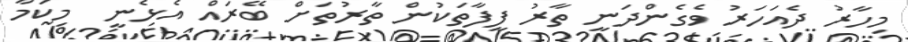
މިހާރު ދެއަހަރު ވެގެންދަނީ ތާރު ފީފާތަކުން ތާރުތަށް ބޭރައް އެޅެނީ  މިކަމާ